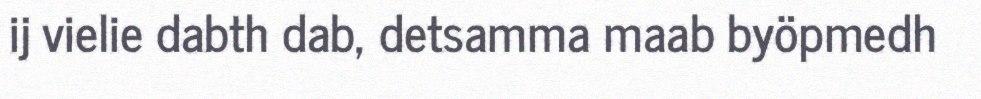
ij vielie dabth dab, detsamma maab byöpmedh